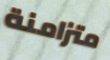
متزامنة